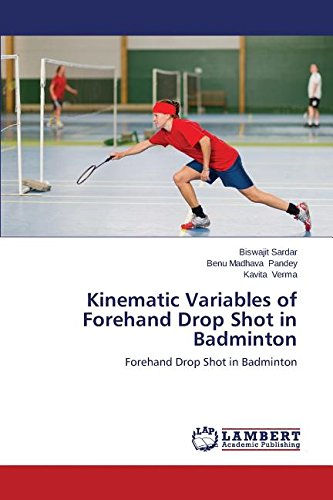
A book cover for Kinematic Variables of Forehand Drop Shot in Badminton; Sardar Biswajit; Sports & Outdoors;